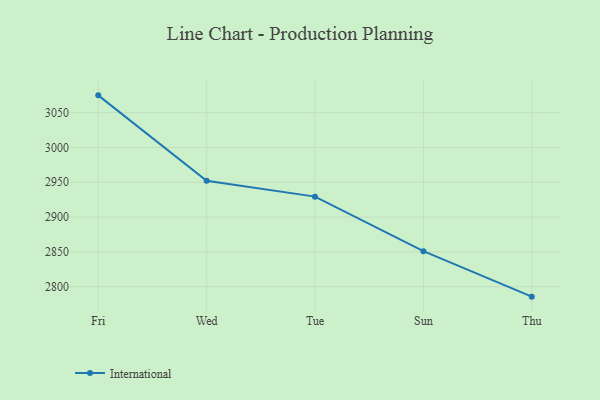
{"axis": {"x": "Day", "y": "Customer Acquisition Cost (USD)"}, "legend": ["International"], "data": [{"x": "Fri", "y": 3074.9, "type": "International"}, {"x": "Wed", "y": 2952.3, "type": "International"}, {"x": "Tue", "y": 2929.4, "type": "International"}, {"x": "Sun", "y": 2851.1, "type": "International"}, {"x": "Thu", "y": 2785.7, "type": "International"}]}